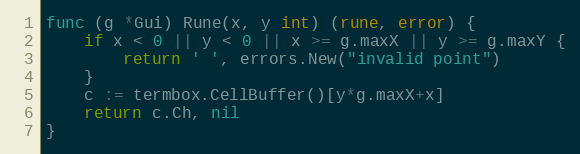
Language: Go
func (g *Gui) Rune(x, y int) (rune, error) {
	if x < 0 || y < 0 || x >= g.maxX || y >= g.maxY {
		return ' ', errors.New("invalid point")
	}
	c := termbox.CellBuffer()[y*g.maxX+x]
	return c.Ch, nil
}